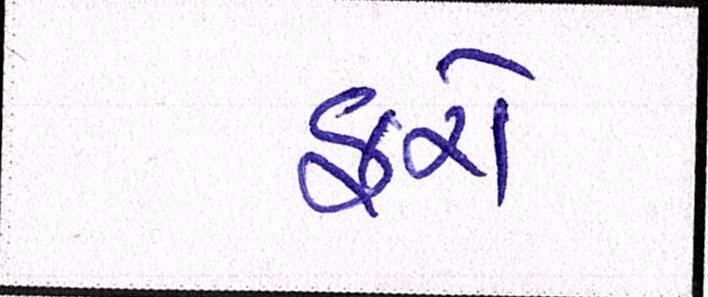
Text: ફરો